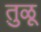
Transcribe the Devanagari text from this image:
तु़ळू